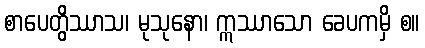
စာပေတွိဿာသ၊ မုသုနော၊ ဣဿာသော ခေပကမှိ စ။